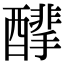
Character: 䤏